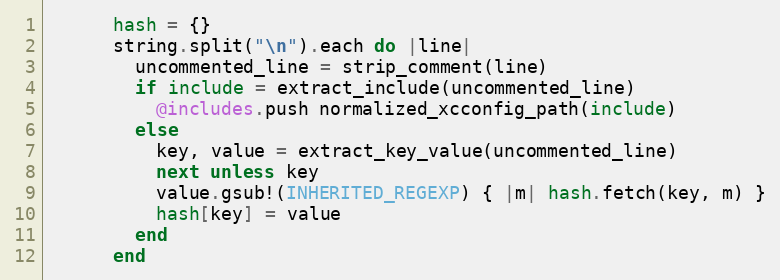
Language: Ruby
      hash = {}
      string.split("\n").each do |line|
        uncommented_line = strip_comment(line)
        if include = extract_include(uncommented_line)
          @includes.push normalized_xcconfig_path(include)
        else
          key, value = extract_key_value(uncommented_line)
          next unless key
          value.gsub!(INHERITED_REGEXP) { |m| hash.fetch(key, m) }
          hash[key] = value
        end
      end